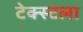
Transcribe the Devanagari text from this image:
टेक्स्टला